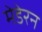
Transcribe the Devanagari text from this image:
मेडेरन